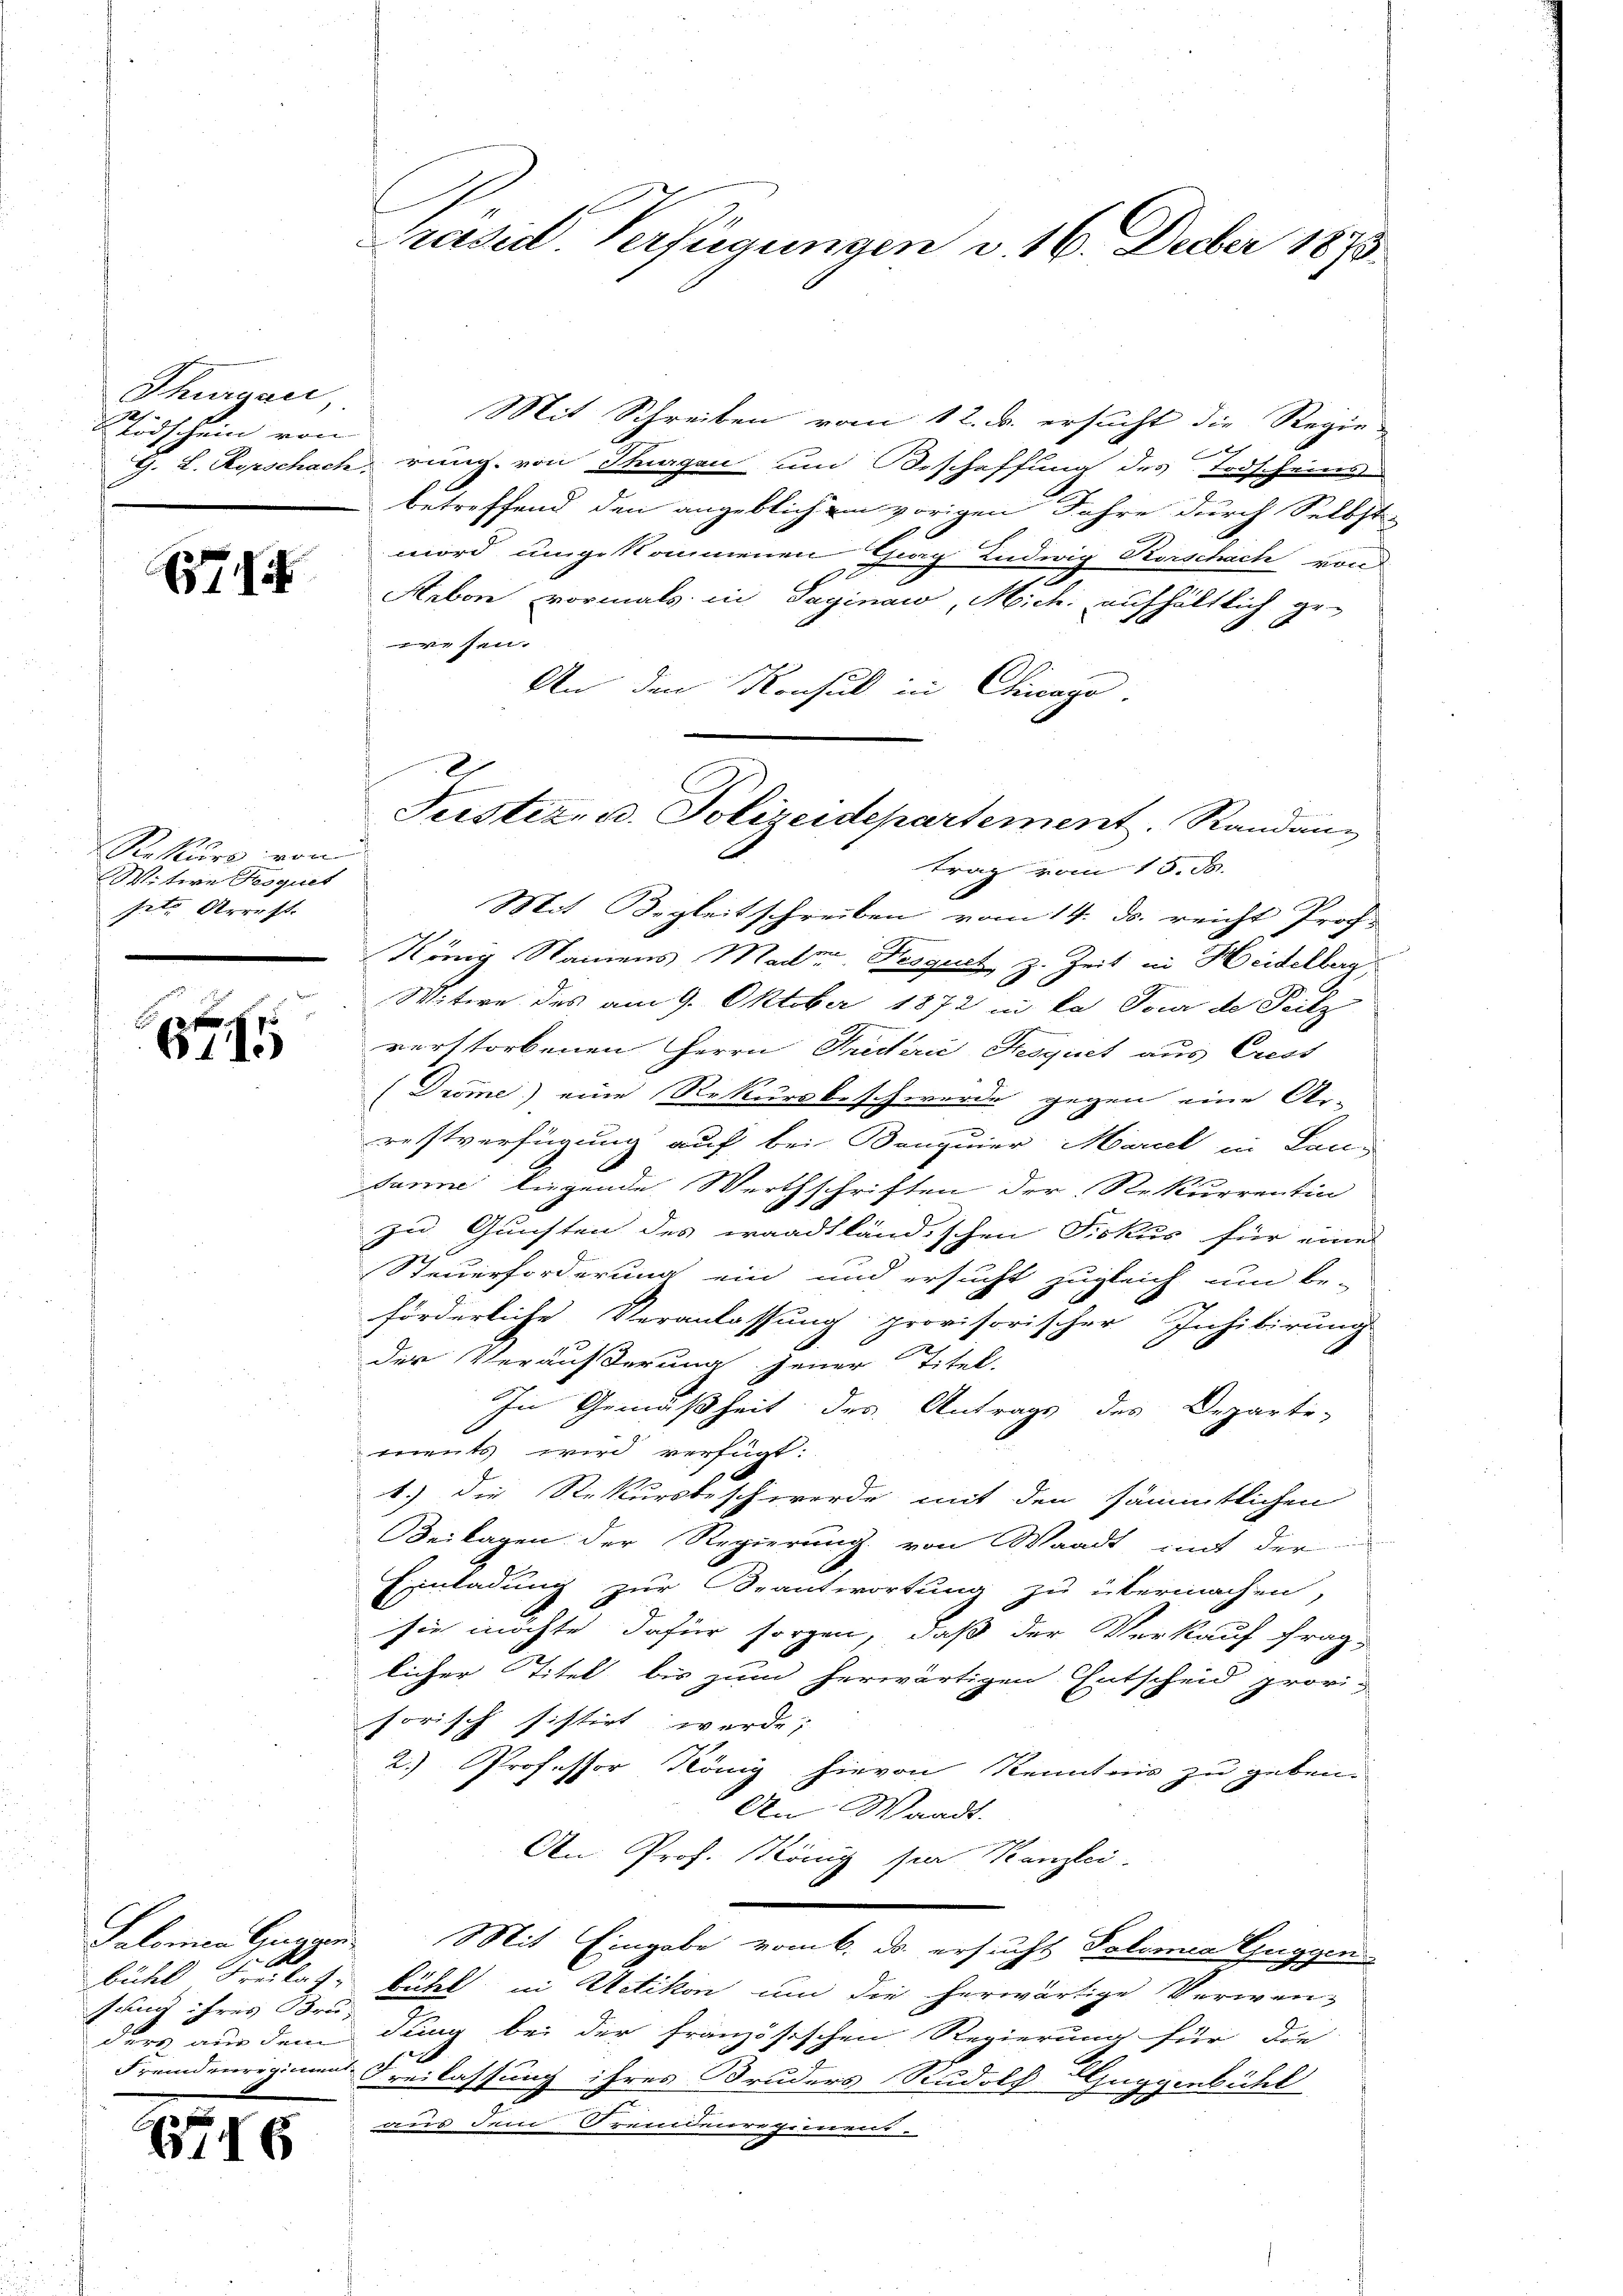
Thurgaci,
Stidschein von

7

Rekurs von
Witwe Boquet
fet Arrest. |

x
sung ihres Bru-

9

s

Mit Schreiben vom 12. d. ersucht die Regie-
G. L. Syrschach, rung. von Tagen und Beschaffung des Todscheins
betreffend den angeblichem vorigen Jahre durch Selbst-
mord umgekommenen Georg Ludwig Korschach von
f
Arbon vormals in Gaginaw, Mich. aufhältlich gewesen.
An den Konsul in Chicago.
trag vom 15. d.
Mit Begleitschreiben vom 14. ds. reicht Prof.
König Namens Mader Fesgut z. Zeit in Heidelberg
Witwe des am 9. Oktober 1872 in ka Tour de Petz
verstorbenen Herrn Predterie Hesquiet aus Crest
(Dröme) eine Rekursbeschwerde gegen eine Ar-
.
restverfügung auf bei Banquier Mariel in Lansanne liegende Werthschriften der Rekurrentin
zu Gunsten des waadtländischen Fiskus für eines
Steuerforderung ein und ersucht zugleich um be-
förderliche Veranlassung provisorischer Inhibirung
der Veräusserung jener Titel-
In Gemäßheit des Antrags des Departe-
ments wird verfügt:
1.) die Rekursbeschwerde mit den sämmtlichen
Beilagen der Regierung von Waadt mit der
Einladung zur Beantwortung zu übermachen,
sie möchte dafür sorgen, daß der Verkauf frag-
licher Titel bis zum herwärtigen Entscheid provi-
horisch sistirt werde;
2.) Professor König hievon Kenntnis zu geben.
An Waadt.
An Prof. König sie Kanzlei-
Salomer Guggen Mit Eingabe vom 6. ds. ersucht Solonia Guggen
bühel Freilat, kühl in Uetikon um die herwärtige Verwen-
ders aus dem dung bei der französischen Regierung für die
Fremdenregiment Freilassung ihres Bruders Rudolf Guggenbühl
aus dem Fremdenregimen-

Präsid. Verfügungen v. 16. Decber 1875

2
Justiz- u. Polizeidepartement. Randang